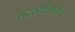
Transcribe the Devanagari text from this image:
सदस्यांसाठीच